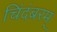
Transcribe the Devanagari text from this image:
चिंदंबरम्